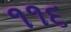
૧૧૬